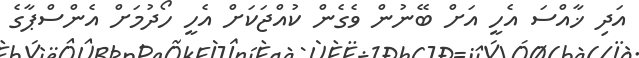
އަދި ޚާއްސަ އެހީ އަށް ބޭނުން ވެގެން ކުއްޖަކަށް އެހީ ހޯދުމަށް އެންސްޕާގެ